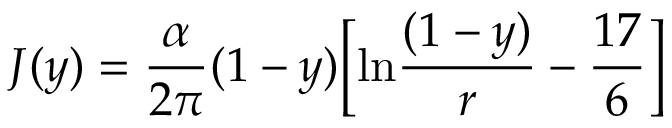
J ( y ) = { \frac { \alpha } { 2 \pi } } ( 1 - y ) \Bigl [ \mathrm { l n } { \frac { ( 1 - y ) } { r } } - { \frac { 1 7 } { 6 } } \Bigr ]